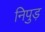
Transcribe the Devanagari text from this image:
निपुड़